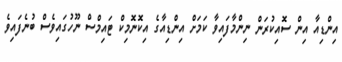
އިންޑިއާ އިން ސޮއިކުރަން ނިންމާފައިވާ ކަމަށް އިންޑިއާގެ އިކޮނޮމިކް ޓައިމްސް ނޫހުގައިވެސް ބުނެފައިވެ